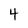
Character: 4